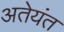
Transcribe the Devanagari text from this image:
अतेयंत